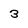
Character: 3